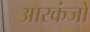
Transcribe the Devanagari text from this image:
आरकंजो